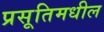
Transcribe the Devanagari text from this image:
प्रसूतिमधील